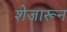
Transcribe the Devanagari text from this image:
शेजारून